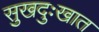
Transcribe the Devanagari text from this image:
सुखदुःखात